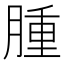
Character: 腫